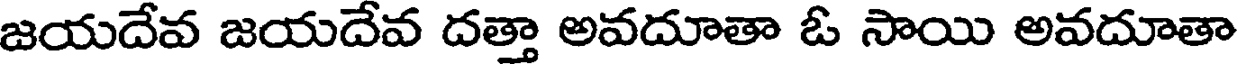
జయదేవ జయదేవ దత్తా అవదూతా ఓ సాయి అవదూతా